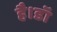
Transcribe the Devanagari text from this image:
है।डॉ